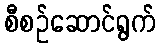
စီစဉ်ဆောင်ရွက်